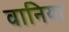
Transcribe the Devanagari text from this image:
वानिया